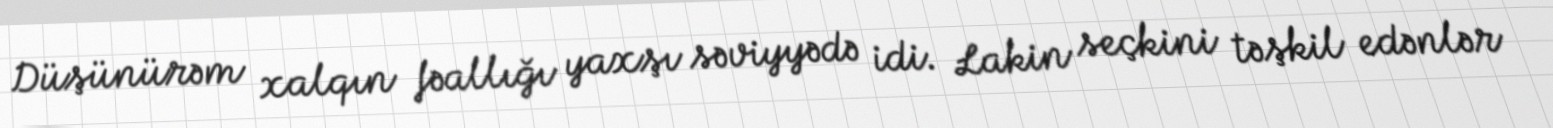
Düşünürəm xalqın fəallığı yaxşı səviyyədə idi. Lakin seçkini təşkil edənlər